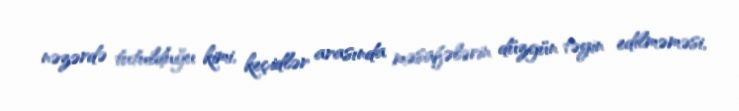
nəzərdə tutulduğu kimi, keçidlər arasında məsafələrin düzgün təyin edilməməsi,